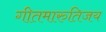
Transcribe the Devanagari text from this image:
गीतमारुतिजय